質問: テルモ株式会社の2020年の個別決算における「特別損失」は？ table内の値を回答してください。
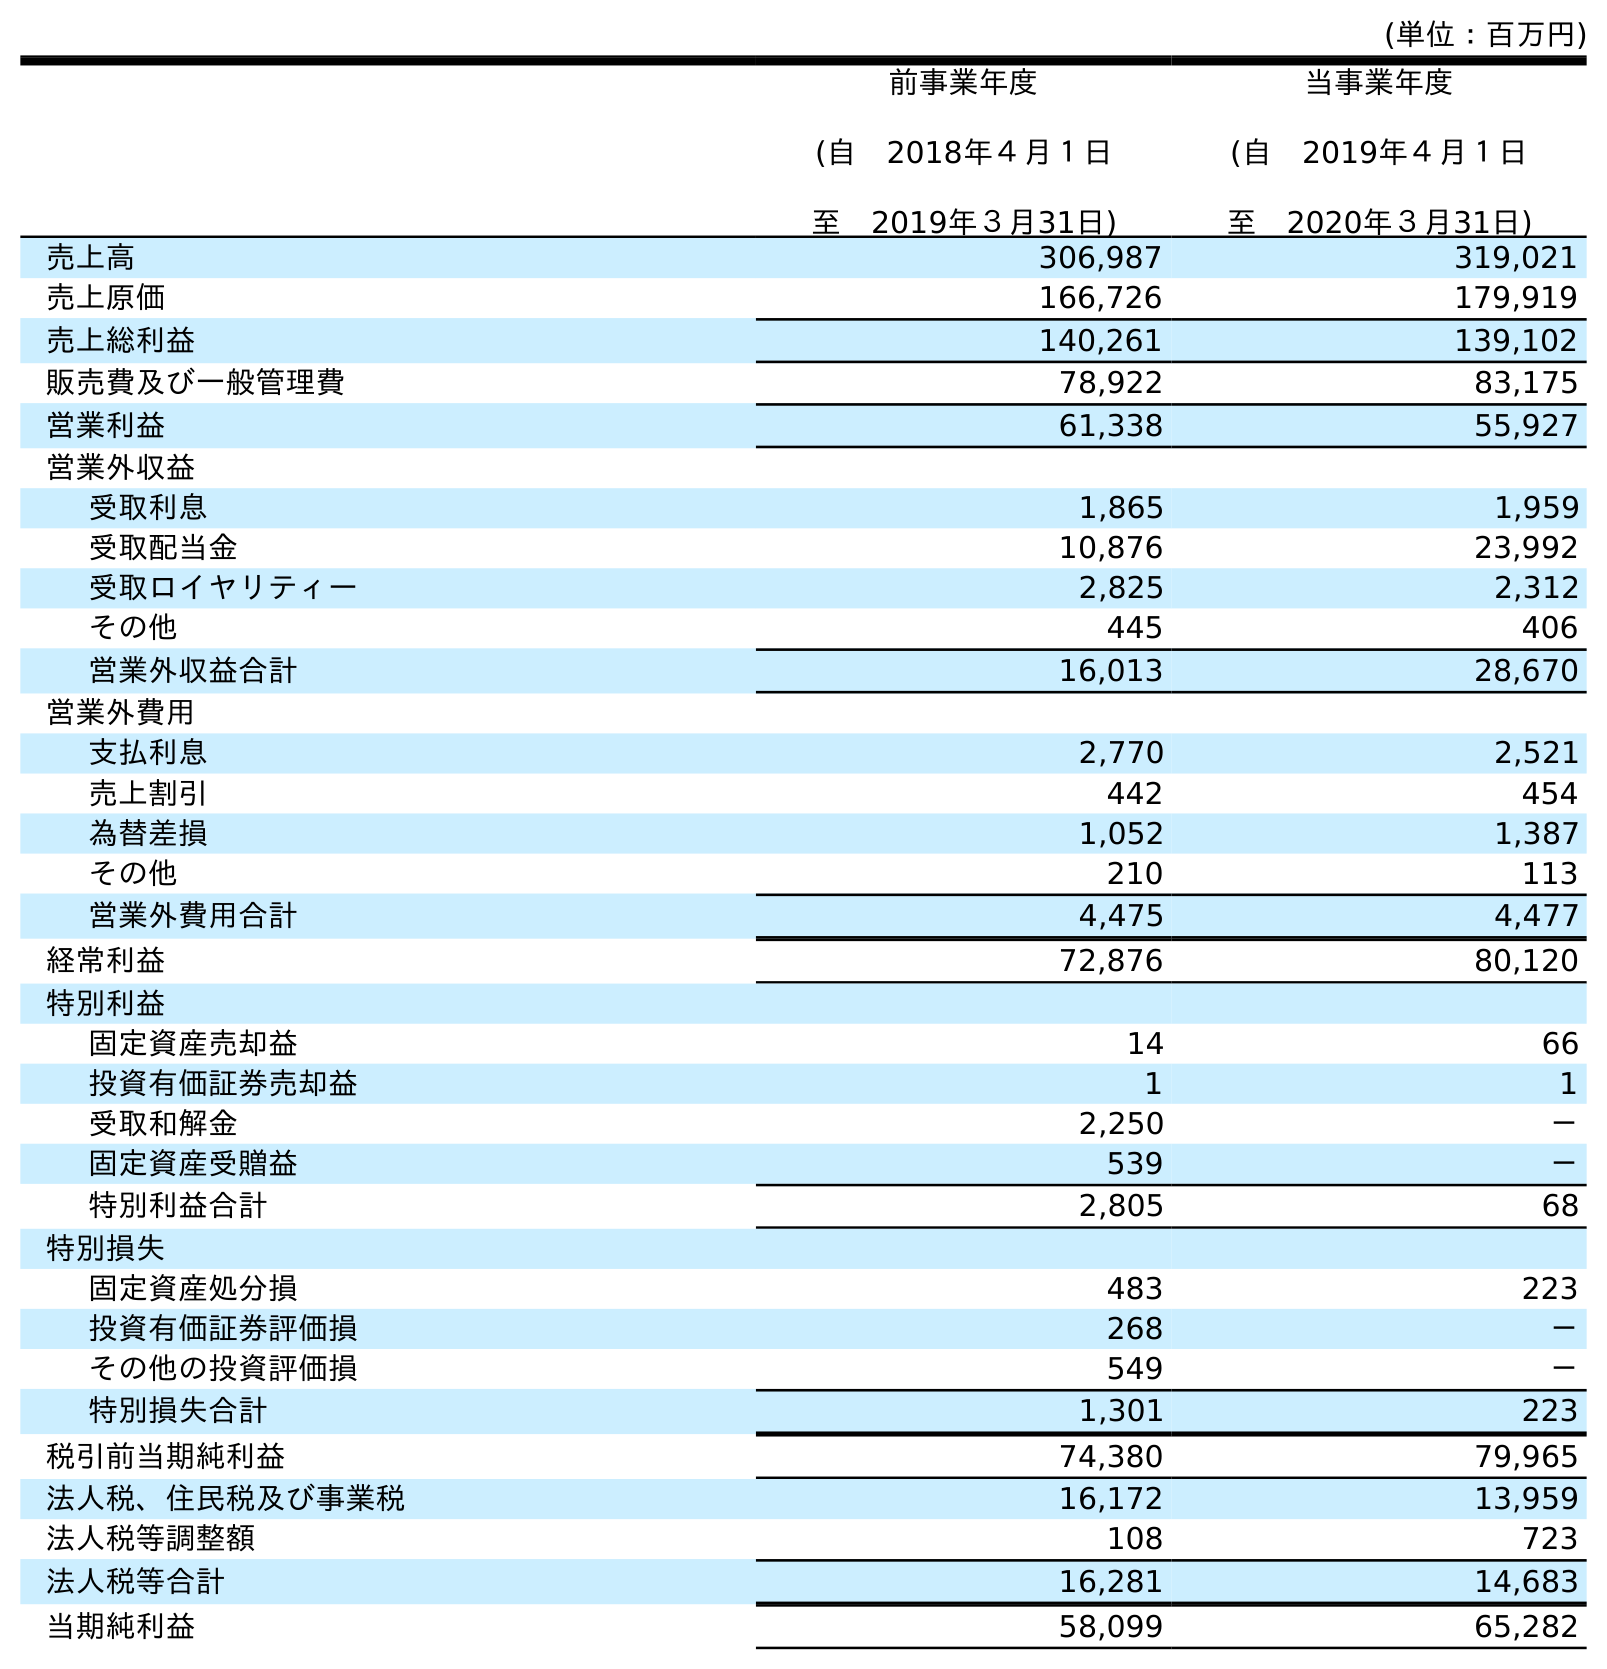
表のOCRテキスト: (単位：百万円) 前事業年度 (自 2018年４月１日 至 2019年３月31日) 当事業年度 (自 2019年４月１日 至 2020年３月31日) 売上高 306,987 319,021 売上原価 166,726 179,919 売上総利益 140,261 139,102 販売費及び一般管理費 78,922 83,175 営業利益 61,338 55,927 営業外収益 受取利息 1,865 1,959 受取配当金 10,876 23,992 受取ロイヤリティー 2,825 2,312 その他 445 406 営業外収益合計 16,013 28,670 営業外費用 支払利息 2,770 2,521 売上割引 442 454 為替差損 1,052 1,387 その他 210 113 営業外費用合計 4,475 4,477 経常利益 72,876 80,120 特別利益 固定資産売却益 14 66 投資有価証券売却益 1 1 受取和解金 2,250 － 固定資産受贈益 539 － 特別利益合計 2,805 68 特別損失 固定資産処分損 483 223 投資有価証券評価損 268 － その他の投資評価損 549 － 特別損失合計 1,301 223 税引前当期純利益 74,380 79,965 法人税、住民税及び事業税 16,172 13,959 法人税等調整額 108 723 法人税等合計 16,281 14,683 当期純利益 58,099 65,282
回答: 223